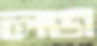
লব্‌জ